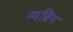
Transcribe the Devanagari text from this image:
न्यब्रिग